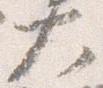
大